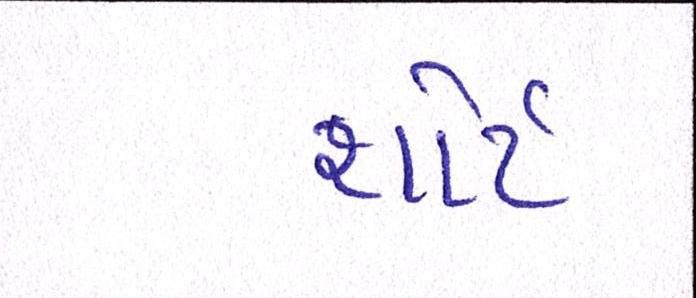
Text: શોર્ટ